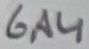
Text: 6A4